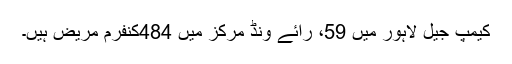
کیمپ جیل لاہور میں 59، رائے ونڈ مرکز میں 484کنفرم مریض ہیں۔